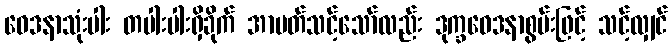
ဝေဒနာသုံးပါး တပါးပါးရှိခိုက် အာပတ်သင့်သော်လည်း ဒုက္ခဝေဒနာစွမ်းဖြင့် သင့်လျှင်